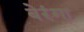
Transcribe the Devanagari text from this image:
बेरंगा